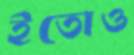
ইতোও